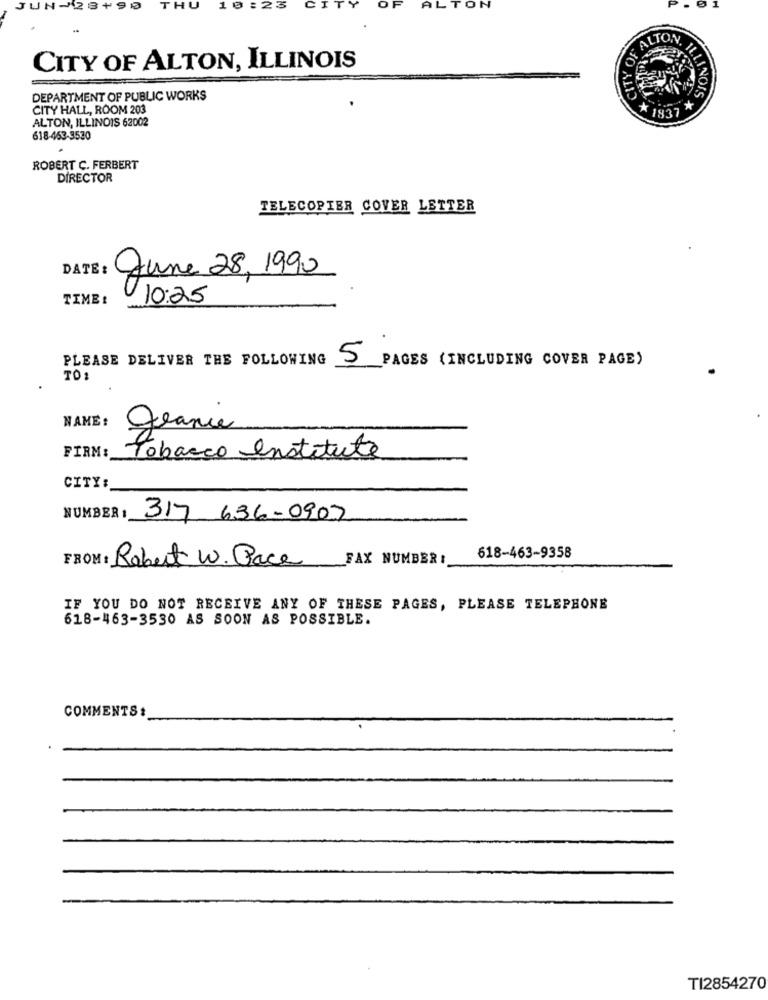
JUN-28
+90
THU
C
OF
ALTON
OF ALTON
CITY OF ALTON, ILLINOIS
DEPARTMENT OF PUBLIC WORKS
ANOIS
CITY HALL, ROOM 203
ALTON, ILLINOIS 62002
* 1937
618-463-3530
ROBERT C. FERBERT
DIRECTOR
TELECOPIER COVER LETTER
DATE: June 28, 1990
TIME:
10:25
PLEASE DELIVER THE FOLLOWING
5
PAGES (INCLUDING COVER PAGE)
TO:
NAME:
granie
FIRM:
Tobacco Institute
CITY:
NUMBER :
317 636-0907
FROM: Robert W. Pace
FAX NUMBER:
618-463-9358
IF YOU DO NOT RECEIVE ANY OF THESE PAGES, PLEASE TELEPHONE
618-463-3530 AS SOON AS POSSIBLE.
COMMENTS:
TI2854270